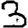
Digit: 3